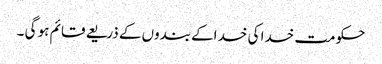
حکومت خدا کی خد اکے بندوں کے ذریعے قائم ہو گی ۔